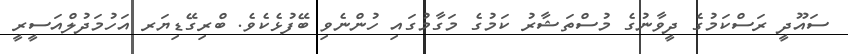
ސައޫދީ ރަސްކަމުގެ ދީވާނުގެ މުސްތަޝާރު ކަމުގެ މަގާމުގައި ހުންނެވި ބޭފުޅެކެވެ. ބްރިގޭޑިޔަރ އަހުމަދުލްއަސީރީ